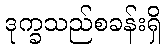
ဒုက္ခသည်စခန်းရှိ